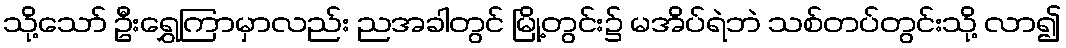
သို့သော် ဦးရွှေကြာမှာလည်း ညအခါတွင် မြို့တွင်း၌ မအိပ်ရဲဘဲ သစ်တပ်တွင်းသို့ လာ၍